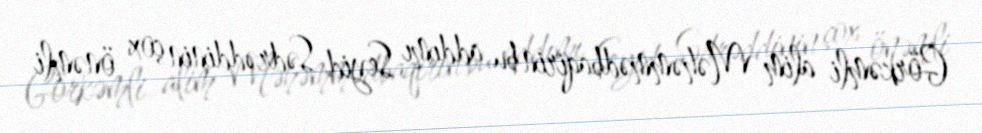
Görkəmli alim Məhəmmədbaqirin bu addımı Seyid Sədrəddinin çox önəmli